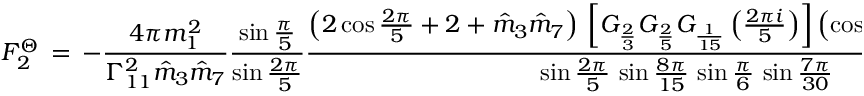
F _ { 2 } ^ { \Theta } \, = \, - \frac { 4 \pi m _ { 1 } ^ { 2 } } { \Gamma _ { 1 1 } ^ { 2 } \hat { m } _ { 3 } \hat { m } _ { 7 } } \frac { \sin \frac { \pi } { 5 } } { \sin \frac { 2 \pi } { 5 } } \frac { \left( 2 \cos \frac { 2 \pi } { 5 } + 2 + \hat { m } _ { 3 } \hat { m } _ { 7 } \right) \, \left[ G _ { \frac { 2 } { 3 } } G _ { \frac { 2 } { 5 } } G _ { \frac { 1 } { 1 5 } } \left( \frac { 2 \pi i } { 5 } \right) \right] \left( \cos \frac { \pi } { 3 } \, \cos \frac { \pi } { 3 0 } \, \cos \frac { \pi } { 5 } \right) ^ { 2 } } { \sin \frac { 2 \pi } { 5 } \, \sin \frac { 8 \pi } { 1 5 } \, \sin \frac { \pi } { 6 } \, \sin \frac { 7 \pi } { 3 0 } }